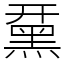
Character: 䵤